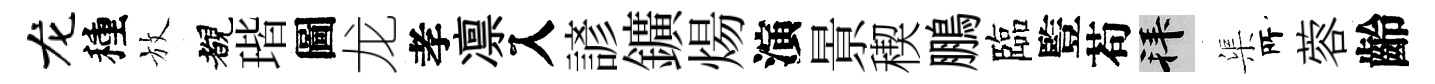
龙種放覩瑎圖龙孝凛入諺鑛煬演㬌稧鵬臨䜿苟拜渠𠩄蓉齡